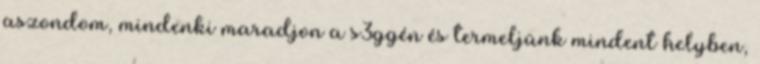
aszondom, mindenki maradjon a s3ggén és termeljünk mindent helyben,